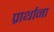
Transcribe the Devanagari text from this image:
प्रार्थाना